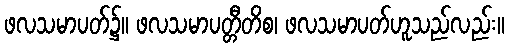
ဖလသမာပတ်၌။ ဖလသမာပတ္တီတိစ၊ ဖလသမာပတ်ဟူသည်လည်း။